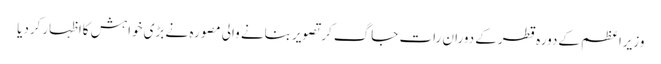
وزیراعظم کےدورہ قطرکے دوران رات جاگ کرتصویربنانے والی مصورہ نے بڑی خواہش کااظہارکردیا